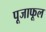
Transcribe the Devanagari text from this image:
पूजाफूल